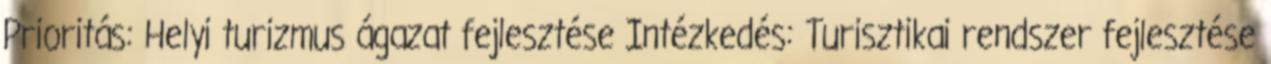
Prioritás: Helyi turizmus ágazat fejlesztése Intézkedés: Turisztikai rendszer fejlesztése